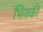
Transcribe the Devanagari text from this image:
भिजकी